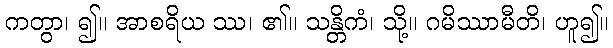
ကတွာ၊ ၍။ အာစရိယ ဿ၊ ၏။ သန္တိကံ၊ သို့။ ဂမိဿာမီတိ၊ ဟူ၍။